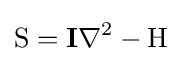
\mathrm {S} =\mathbf {I} \nabla ^{2}-\mathrm {H}